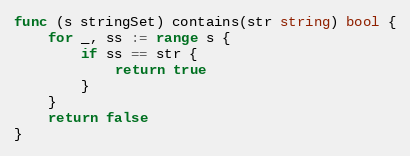
Language: Go
func (s stringSet) contains(str string) bool {
	for _, ss := range s {
		if ss == str {
			return true
		}
	}
	return false
}